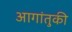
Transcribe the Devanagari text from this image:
आगांतुकी